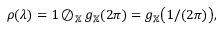
\begin{array} { r } { \rho ( \lambda ) = 1 \oslash _ { \mathbb { X } } g _ { \mathbb { X } } ( 2 \pi ) = g _ { \mathbb { X } } \big ( 1 / ( 2 \pi ) \big ) , } \end{array}